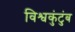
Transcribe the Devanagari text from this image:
विश्वकुंटुंब